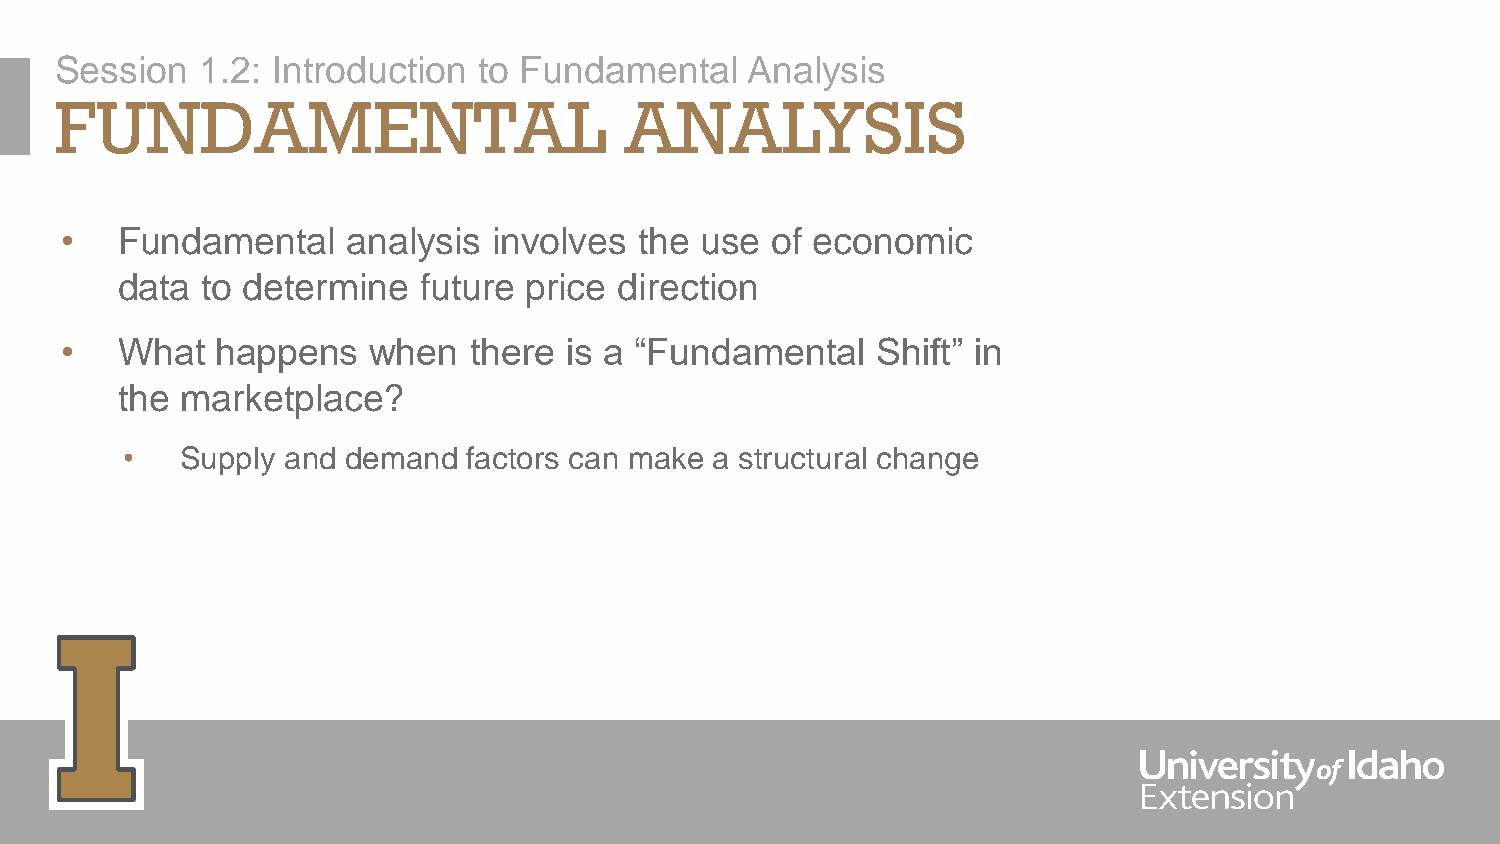
Session  1.2: Introduction  to Fundamental   Analysis
 FUNDAMENTAL                          ANALYSIS
 •   Fundamental    analysis  involves the use  of economic
 data to determine   future price direction
 •   What  happens   when   there is a “Fundamental    Shift” in
 the marketplace?
 •   Supply and demand  factors can make a structural change